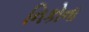
નિકોના